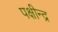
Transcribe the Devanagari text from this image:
पक्षीन्द्र